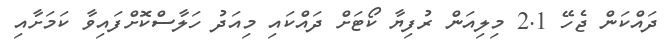
ދައްކަން ޖެހޭ 2.1 މިލިއަން ރުފިޔާ ކޯޓަށް ދައްކައި މިއަދު ހަލާސްކޮށްފައިވާ ކަމަށާއި